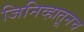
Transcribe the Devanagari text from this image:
जिनिव्हातूनच